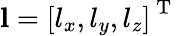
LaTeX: \mathbf{l}=\left[l_{x},l_{y},l_{z}\right]^{\mathrm{~T~}}